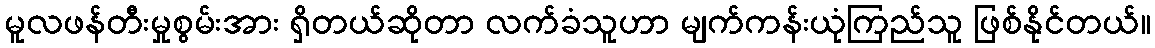
မူလဖန်တီးမှုစွမ်းအား ရှိတယ်ဆိုတာ လက်ခံသူဟာ မျက်ကန်းယုံကြည်သူ ဖြစ်နိုင်တယ်။